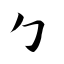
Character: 勹